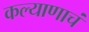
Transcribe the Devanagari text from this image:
कल्याणाचं